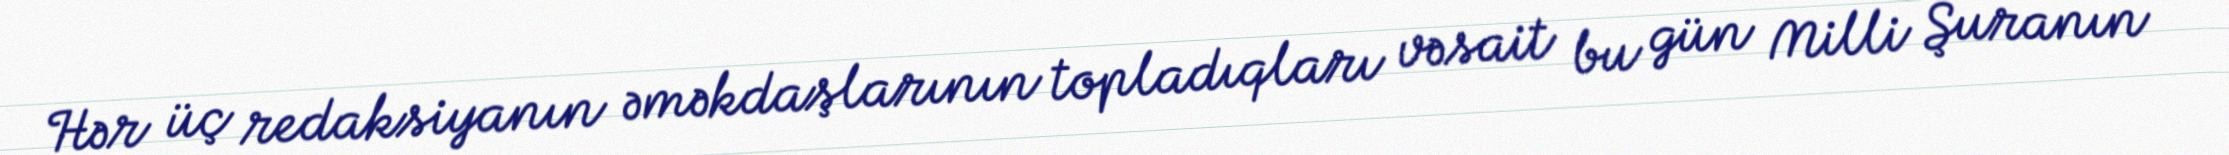
Hər üç redaksiyanın əməkdaşlarının topladıqları vəsait bu gün Milli Şuranın